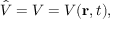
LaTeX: { \hat { V } } = V = V ( \mathbf { r } , t ) ,